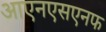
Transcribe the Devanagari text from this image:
आएनएसएनफ